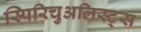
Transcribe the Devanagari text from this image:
स्पिरिचुअलिस्ट्स